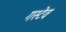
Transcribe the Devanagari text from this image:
गस्टेव